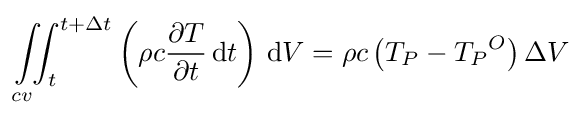
\int \limits _{cv}\!\!\!\int _{t}^{t+\Delta t}\left(\rho c{\frac {\partial T}{\partial t}}\,\mathrm {d} t\right)\,\mathrm {d} V=\rho c\left(T_{P}-{T_{P}}^{O}\right)\Delta V